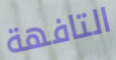
التافهة